Medical and sanitary report of the native army of Madras for the year
Year: 1877
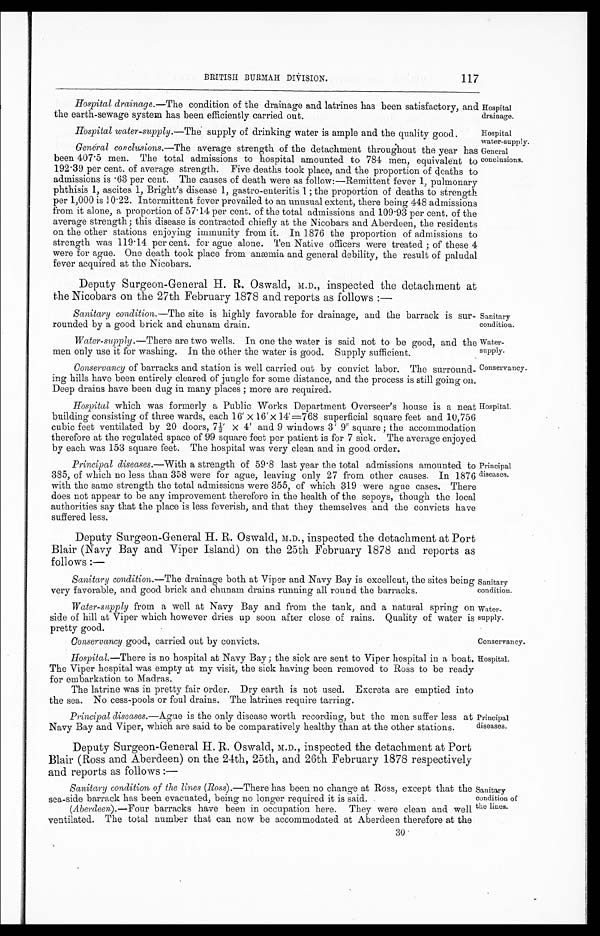
Sanitary
condition.
Water
-supply.
Conservancy.
Hospital.
Sanitary
condition.
Water-
supply.
Cons er vancy.
Hospital.
117
BRITISH BURMAH DIVISION.
Hospital drainage.—The condition of the drainage and latrines has been satisfactory, and
the earth-sewage system has been efficiently carried out.
Hospital
drainage.
Hospital water-supply.—The supply of drinking water is ample and the quality good.
Hospital
water-supply.
General conclusions.—The average strength of the detachment throughout the year has
been 407·5 men. The total admissions to hospital amounted to 784 men, equivalent to
192·39 per cent. of average strength. Five deaths took place, and the proportion of deaths to
admissions is ·63 per cent. The causes of death were as follow:—Remittent fever 1, pulmonary
phthisis 1, ascites 1, Bright's disease 1, gastro-enteritis 1 ; the proportion of deaths to strength
per 1,000 is 10·22. Intermittent fever prevailed to an unusual extent, there being 448 admissions
from i t al one, a proporti on of 57· 14 per cent. of the total admi ssi ons and 109· 93 per cent. of the
average strength; this disease is contracted chiefly at the Nicobars and Aberdeen, the residents
on the other stations enjoying immunity from it. In 1876 the proportion of admissions to
strength was 119·14 per cent. for ague alone. Ten Native officers were treated ; of these 4
were for ague. One death took place from anæmia and general debility, the result of paludal
fever acquired at the Nicobars.
Deputy Surgeon-General H. R. Oswald, M.D., inspected the detachment at
the Nicobars on the 27th February 1878 and reports as follows :—
Sanitary condition.— The site is highly favorable for drainage, and the barrack is sur-
rounded by a good brick and chunam drain.
Water-supply. —There are two wells. In one the water is said not to be good, and the
men only use it for washing. In the other the water is good. Supply sufficient.
Conservancy of barracks and station is well carried out by convict labor. The surround-
ing hills have been entirely cleared of jungle for some distance, and the process is still going on.
Deep drains have been dug in many places ; more are required.
Hospital which was formerly a Public Works Department Overseer's house is a neat
bui l di ng consi sti ng of three wards, each 16' X 16' X 14' =768 superfi ci al square feet and 10, 756
cubi c feet vent i l at ed by 20 doors, 7½' X 4' and 9 wi ndows 3' 9" square ; t he accommodat i on
therefore at the regulated space of 99 square feet per patient is for 7 sick. The average enjoyed
by each was 153 square feet. The hospital was very clean and in good order.
Principal diseases.— With a strength of 59·8 last year the total admissions amounted to
385, of which no less than 358 were for ague, leaving only 27 from other causes. In 1876
with the same strength the total admissions were 355, of which 319 were ague cases, There
does not appear to be any improvement therefore in the health of the sepoys, though the local
authorities say that the place is less feverish, and that they themselves and the convicts have suffered less.
Deputy Surgeon-General H. R. Oswald, M.D., inspected the detachment at Port
Blair (Navy Bay and Viper Island) on the 25th February 1878 and reports as
follows :—
General
conclusions.
Principal
diseases.
Sanitary condition.— The drainage both at Viper and Navy Bay is excellent, the sites being
very favorable, and good brick and chunam drains running all round the barracks.
Water-supply from a well at Navy Bay and from the tank, and a natural spring on
side of hill at Viper which however dries up soon after close of rains. Quality of water is
supply pretty good.
Conservancy good, carried out by convicts.
Hospital.—There is no hospital at Navy Bay ; the sick are sent to Viper hospital in a boat.
The Viper hospital was empty at my visit, the sick having been removed to Ross to be ready
for embarkation to Madras.
The latrine was in pretty fair order. Dry earth is not used. Excreta are emptied into
the sea. No cess-pools or foul drains. The latrines require tarring.
Principal diseases.—Ague is the only disease worth recording, but the men suffer less at
Navy Bay and Viper, which are said to be comparatively healthy than at the other stations.
Deputy Surgeon-General H. R. Oswald, M.D., inspected the detachment at Port
Blair (Ross and Aberdeen) on the 24th, 25th, and 26th February 1878 respectively
and reports as follows :—
Sanitary condition o f the lines (Ross).— There has been no change at Ross, except that the
sea-side barrack has been evacuated, being no longer required it is said.
(Aberdeen).— Four barracks have been in occupation here. They were clean and well
ventilated. The total number that can now be accommodated at Aberdeen therefore at the
Principal
diseases.
Sanitary
condition of
the lines. 3 0
30